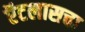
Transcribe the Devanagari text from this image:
ऍटलासचा